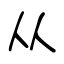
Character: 从